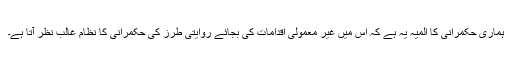
ہماری حکمرانی کا المیہ یہ ہے کہ اس میں غیر معمولی اقدامات کی بجائے روایتی طرز کی حکمرانی کا نظام غالب نظر آتا ہے۔